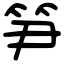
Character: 笋